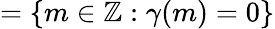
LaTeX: =\{ m\in\mathbb{Z}:\gamma(m)=0\}